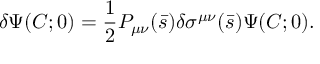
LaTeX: \delta \Psi ( C ; 0 ) = { \frac { 1 } { 2 } } P _ { \mu \nu } ( \bar { s } ) \delta \sigma ^ { \mu \nu } ( \bar { s } ) \Psi ( C ; 0 ) .